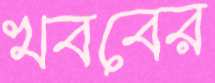
খববের